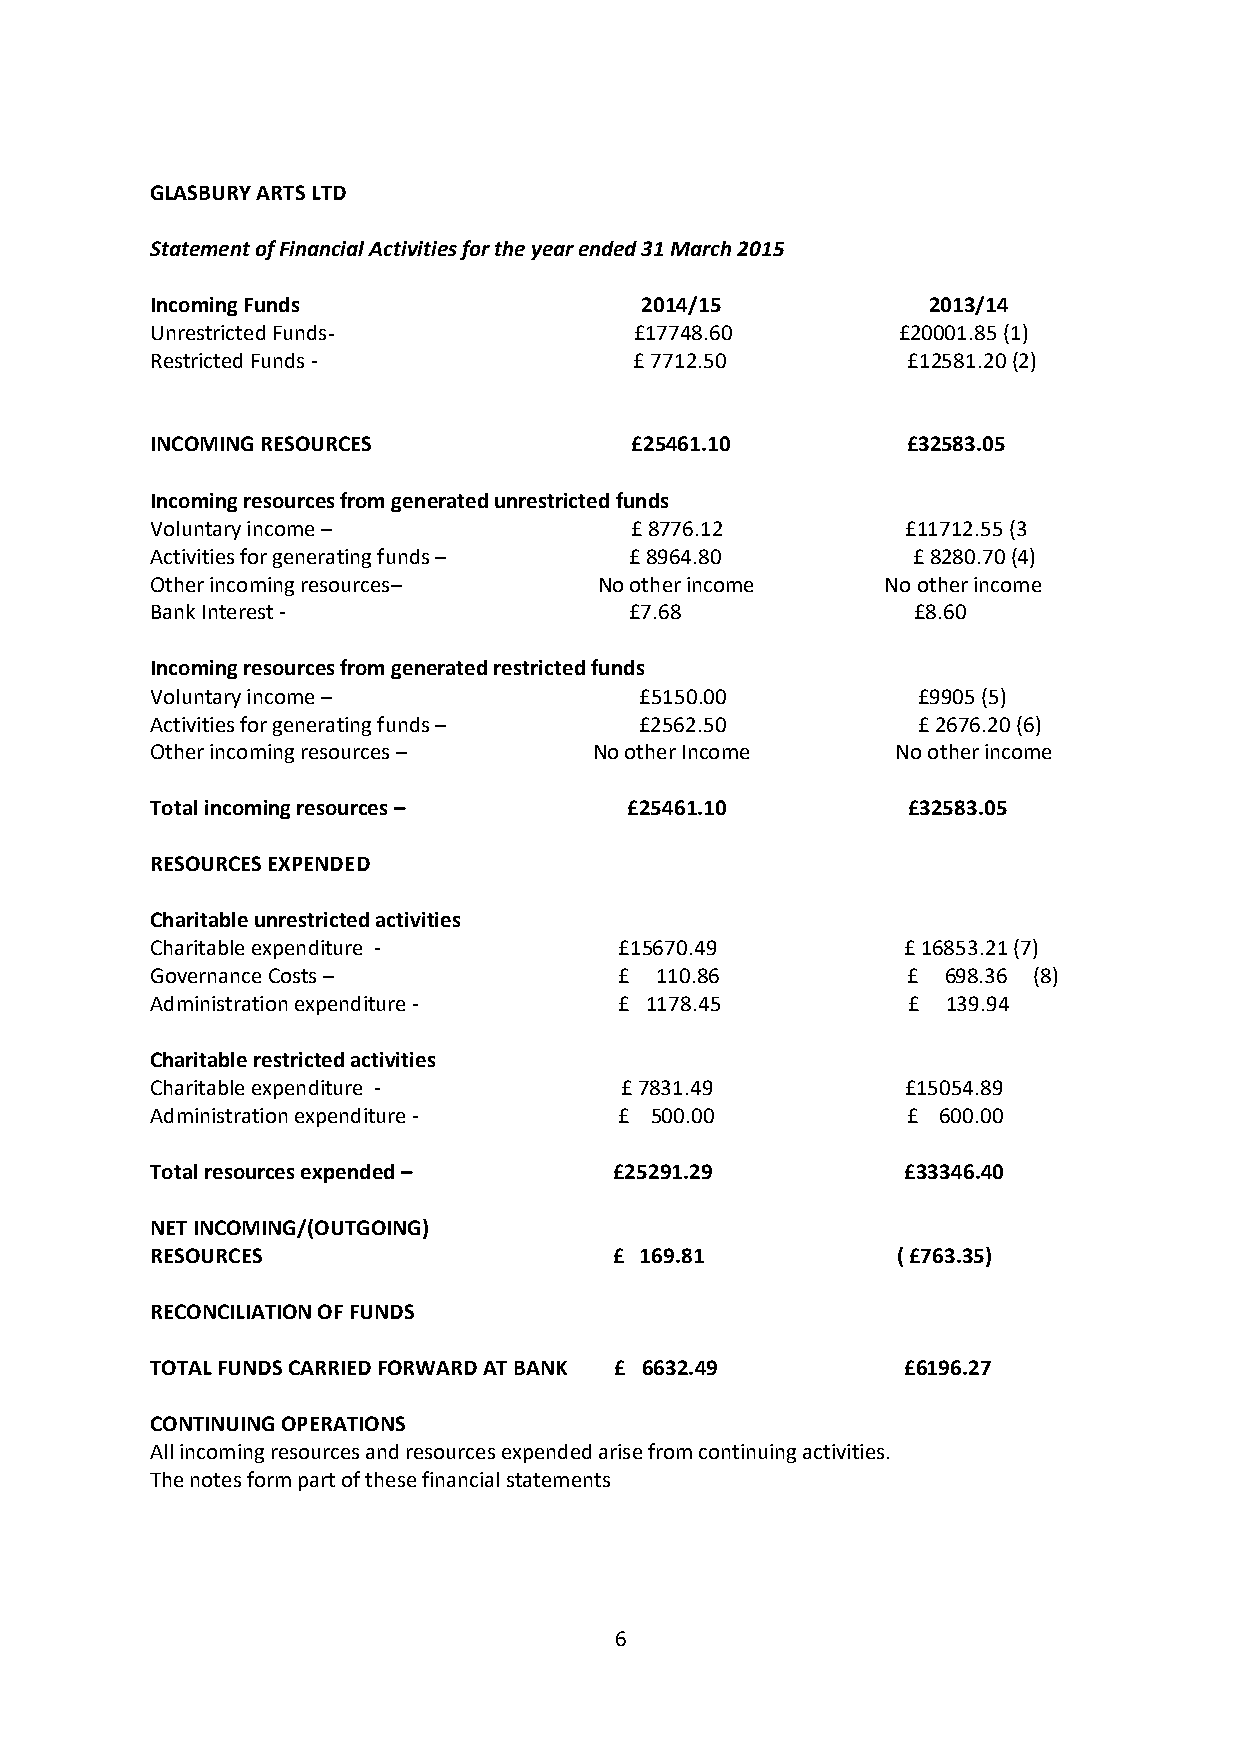
GLASBURY ARTS LTD
 Statement of Financial Activities for the year ended 31 March 2015
 Incoming Funds                  2014/15            2013/14
 Unrestricted Funds-             £17748.60        £20001.85 (1)
 Restricted Funds -              £ 7712.50         £12581.20 (2)
 INCOMING RESOURCES              £25461.10         £32583.05
 Incoming resources from generated unrestricted funds
 Voluntary income –              £ 8776.12         £11712.55 (3
 Activities for generating funds – £ 8964.80       £ 8280.70 (4)
 Other incoming resources–     No other income    No other income
 Bank Interest -                 £7.68              £8.60
 Incoming resources from generated restricted funds
 Voluntary income –              £5150.00           £9905 (5)
 Activities for generating funds – £2562.50         £ 2676.20 (6)
 Other incoming resources –   No other Income     No other income
 Total incoming resources –      £25461.10         £32583.05
 RESOURCES EXPENDED
 Charitable unrestricted activities
 Charitable expenditure -       £15670.49          £ 16853.21 (7)
 Governance Costs –             £ 110.86           £  698.36 (8)
 Administration expenditure -   £ 1178.45          £  139.94
 Charitable restricted activities
 Charitable expenditure -       £ 7831.49          £15054.89
 Administration expenditure -   £ 500.00           £ 600.00
 Total resources expended –     £25291.29          £33346.40
 NET INCOMING/(OUTGOING)
 RESOURCES                      £ 169.81          ( £763.35)
 RECONCILIATION OF FUNDS
 TOTAL FUNDS CARRIED FORWARD AT BANK £ 6632.49     £6196.27
 CONTINUING OPERATIONS
 All incoming resources and resources expended arise from continuing activities.
 The notes form part of these financial statements
 6